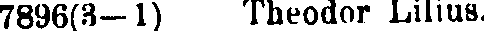
7896(3-1) Theodor Lilius.